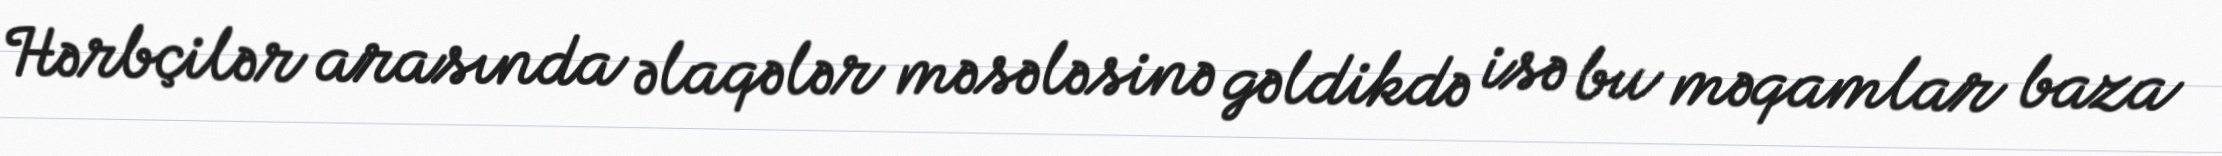
Hərbçilər arasında əlaqələr məsələsinə gəldikdə isə bu məqamlar baza